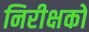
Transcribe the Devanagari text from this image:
निरीक्षको